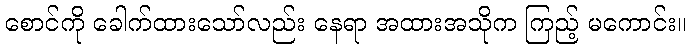
စောင်ကို ခေါက်ထားသော်လည်း နေရာ အထားအသိုက ကြည့် မကောင်း။